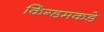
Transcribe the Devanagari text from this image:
किंग्डमकडे